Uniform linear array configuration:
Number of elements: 4
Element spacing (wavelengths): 0.75
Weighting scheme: hann
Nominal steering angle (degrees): -60
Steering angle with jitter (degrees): -58.849
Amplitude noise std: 0.05
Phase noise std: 0.05

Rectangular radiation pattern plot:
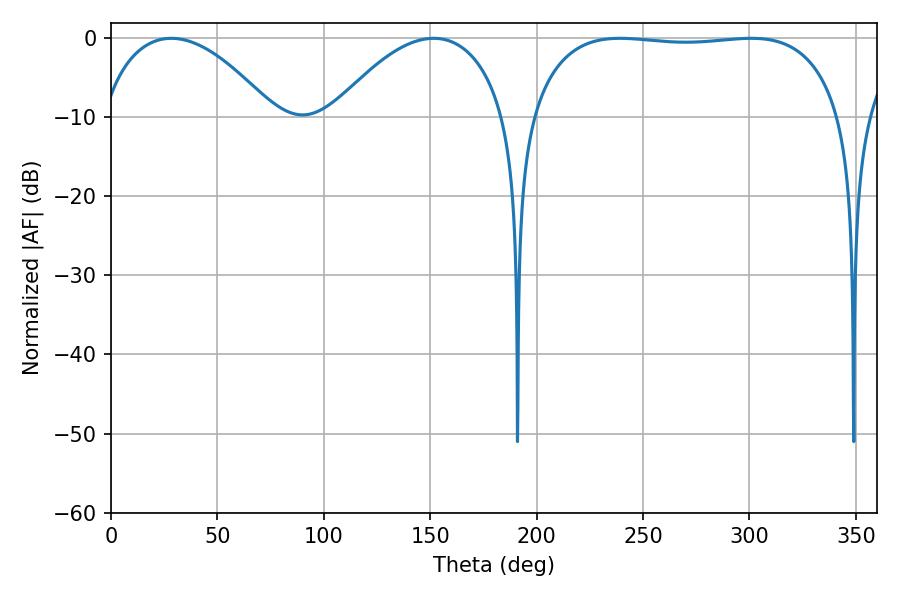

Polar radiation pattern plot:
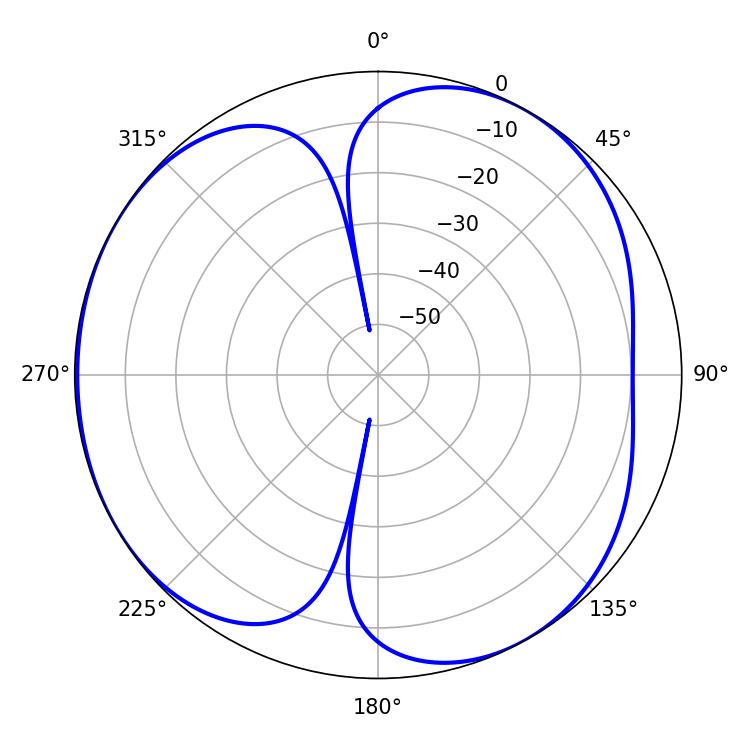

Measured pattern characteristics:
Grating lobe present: TRUE
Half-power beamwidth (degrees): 116.64
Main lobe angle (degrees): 239.04